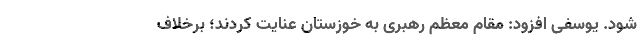
شود. یوسفی افزود: مقام معظم رهبری به خوزستان عنایت کردند؛ برخلاف